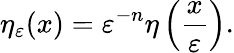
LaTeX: \eta_{\varepsilon}(x)=\varepsilon^{-n}\eta\left({\frac{x}{\varepsilon}}\right).